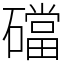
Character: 礑